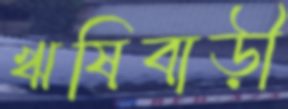
ঋষিবাড়ী